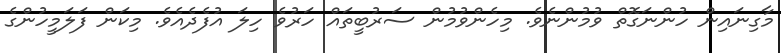
މާގިނައިން ހުންނަގޮތް ވުމުންނެވެ. މިހެންވުމުން ސަރުބީތައް ހަރުވެ ހިލަ އުފެދެއެވެ. މިކަން ފަލަމީހުންގެ